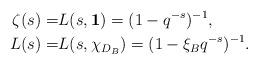
LaTeX: \begin{align*}\zeta(s)=&L(s, \mathbf{1})=(1-q^{-s})^{-1}, \\L(s)=&L(s, \chi_{D_B})=(1-\xi_B q^{-s})^{-1}.\end{align*}